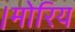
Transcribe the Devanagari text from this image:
।मोरिय